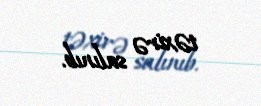
təxirə salınıb.